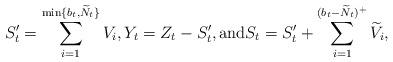
LaTeX: \begin{align*} S'_t=\sum_{i=1}^{\min\{b_t,\widetilde{N}_t\}} V_i, Y_t= Z_t - S'_t, \mbox{and}S_t=S'_t+\sum_{i=1}^{(b_t-\widetilde{N}_t)^+} \widetilde{V}_i,\end{align*}